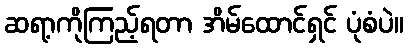
ဆရာ့ကိုကြည့်ရတာ အိမ်ထောင်ရှင် ပုံစံပဲ။